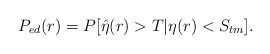
\begin{align*}P_{ed}(r)=P[\hat{\eta}(r)>T|\eta(r)<S_{tm}].\end{align*}